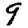
Digit: 9